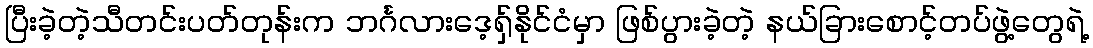
ပြီးခဲ့တဲ့သီတင်းပတ်တုန်းက ဘင်္ဂလားဒေ့ရှ်နိုင်ငံမှာ ဖြစ်ပွားခဲ့တဲ့ နယ်ခြားစောင့်တပ်ဖွဲ့တွေရဲ့